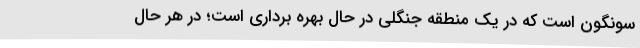
سونگون است که در یک منطقه جنگلی در حال بهره برداری است؛ در هر حال